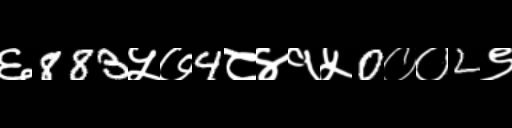
Text: ६883५७4८४१५0००2९